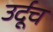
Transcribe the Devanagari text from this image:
उर्दूच